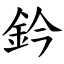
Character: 鈐